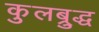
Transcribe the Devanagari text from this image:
कुलब्रुद्ध